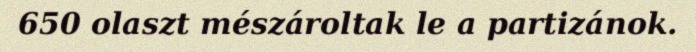
650 olaszt mészároltak le a partizánok.